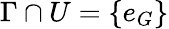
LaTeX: \Gamma\cap U=\{ e_{G}\}